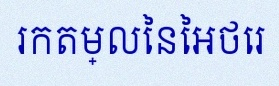
រកតម្លៃនៃអថេរ